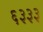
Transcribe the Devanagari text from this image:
६३३३